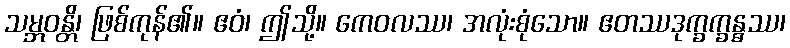
သမ္ဘဝန္တိ၊ ဖြစ်ကုန်၏။ ဧဝံ၊ ဤသို့။ ကေဝလဿ၊ အလုံးစုံသော။ ဧတဿဒုက္ခက္ခန္ဓဿ၊